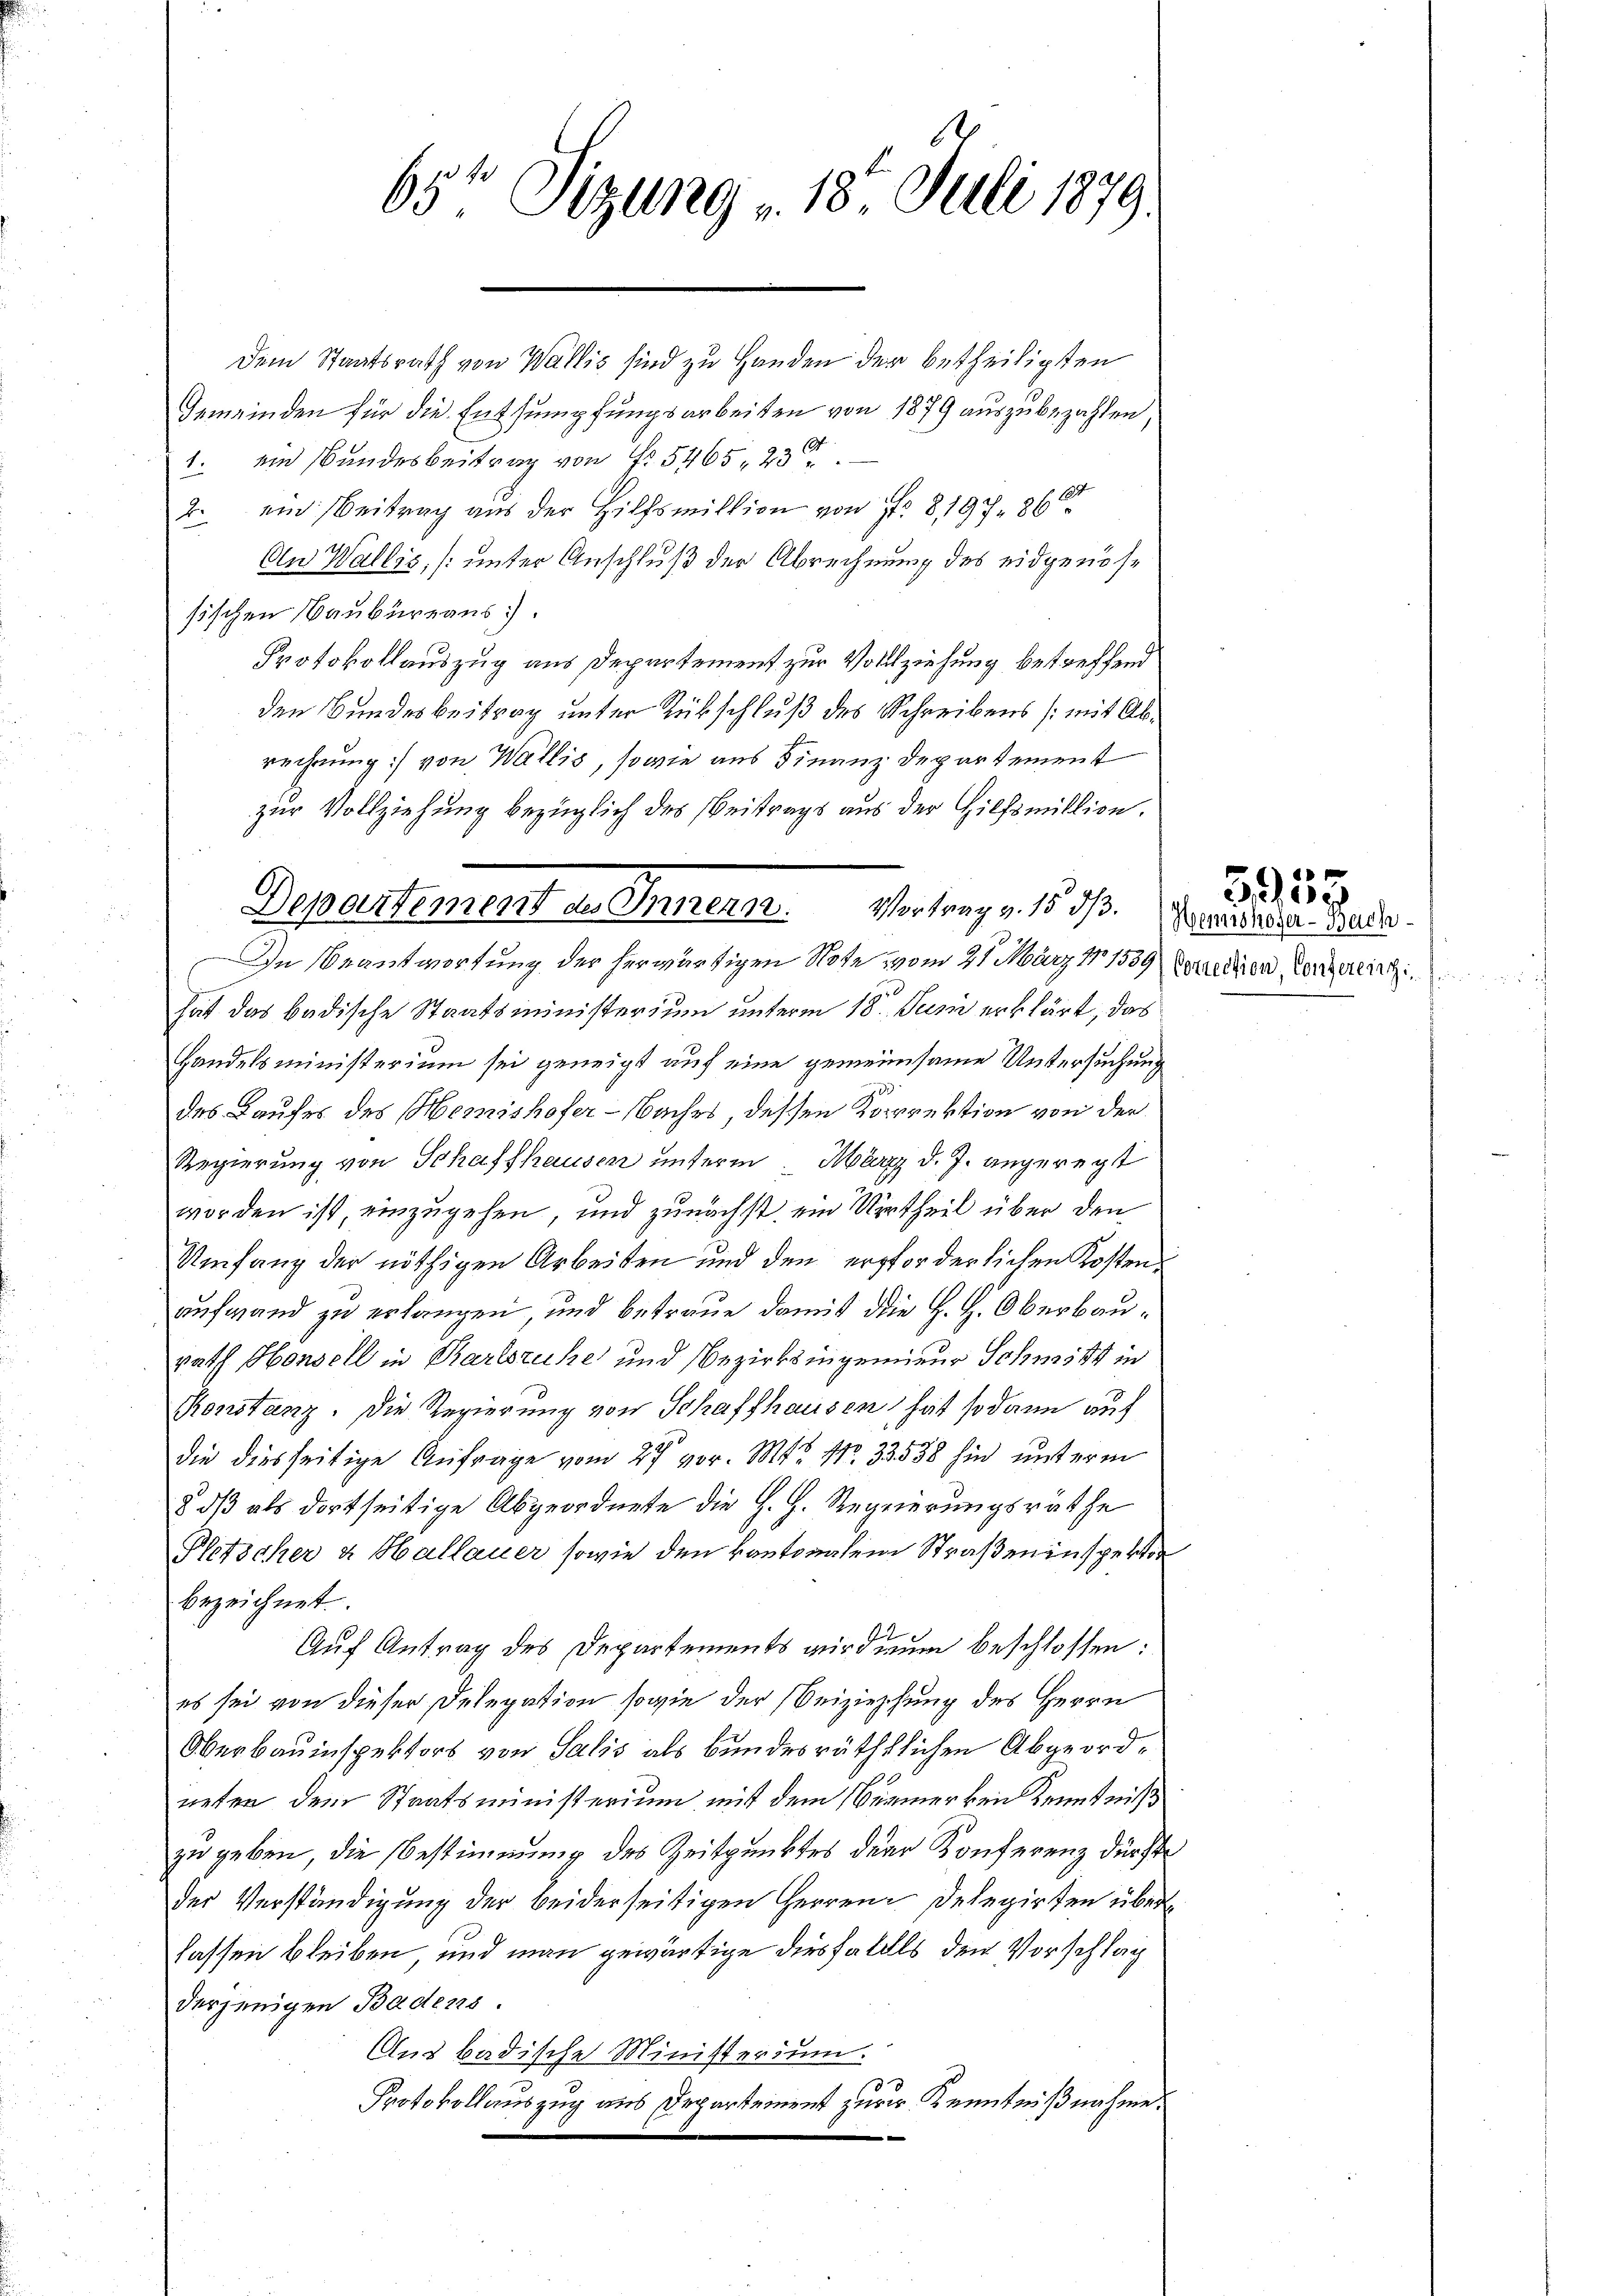
Dem Staatsrath von Wallis sind zu Handen der betheiligsten
Gemeinden für die Entsumpfungsarbeiten von 1879 auszubezahlen,
1. ein Bundesbeitrag von Fr. 5465, 23
2. ein Beitrag aus der Hilfsmillion von No 8197, 260
An Wallis, (unter Anschluß der Abrechnung des eidgenössischen Baubureaus).
Protokollauszug aus Departement zur Vollziehung betreffend
den Bundesbeitrag unter Rückschluß des Schreibens (mit Abrechnung :/ von Wallis, sowie aus Finanz Departement
zur Vollziehung bezüglich des Beitrags aus der Hilfsmillion.

65 Sizung 18t Juli 1879.

In Beantwortung der herwärtigen Note vom 21. März 181539 Vereiten Vergerlich
hat das badische Staatsministerium unterm 18. Juni erklärt, das
Handelsministerium sei geneigt auf eine gemeinsame Untersuchung
des Bauhes des Memishofer-Baches dessen Korrektion von der
Regierung von Schaffhausen unterm März d. J. angeregt
worden ist, einzugehen und zunächst ein Urtheil über den
Umfang der nöthigen Arbeiten und den erforderlichen Kostenaufwand zu erlangen und betraue damit die H. H. Oberbaurath Honschl in Karlsruhe und Bezirksingenieur Schnitt in
Konstanz. Die Regierung von Schaffhausen, hat sodann auf
die diesseitige Anfrage vom 27. vor. Mts. Nr. 33538 hin unterm
§ dß als dortseitige Abgeordnete die H. H. Regierungsräthe
Pletscher & Hallauer sowie den kantonalen Straßeninsperter
bezeichnet.
Auf Antrag des Departements wirdium beschlossen:
es sei von dieser Delegation sowie der Beiziehung des Herrn
Oberbauinspektors von Salis als bundesräthlichen Abgeordneten dem Staatsministerium mit dem Bemerken Kenntniß
zu geben, die Bestimmung des Zeitpunktes der Konferenz dürfte
der Verständigung der beiderseitigen Herren Delegirten über
fassen bleiben und man gewärtige diesfalls den Vorschlag
derjenigen Badens.
Aus badische Ministerium.
Protokollauszug aus Departement zur Kenntnißnahme.
L

Departement u. Germ. Vertrags 18. 33.

Hemishofer-Bach

x
5919